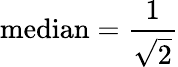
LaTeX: {\mathrm{median}}={\frac{1}{\sqrt{2}}}